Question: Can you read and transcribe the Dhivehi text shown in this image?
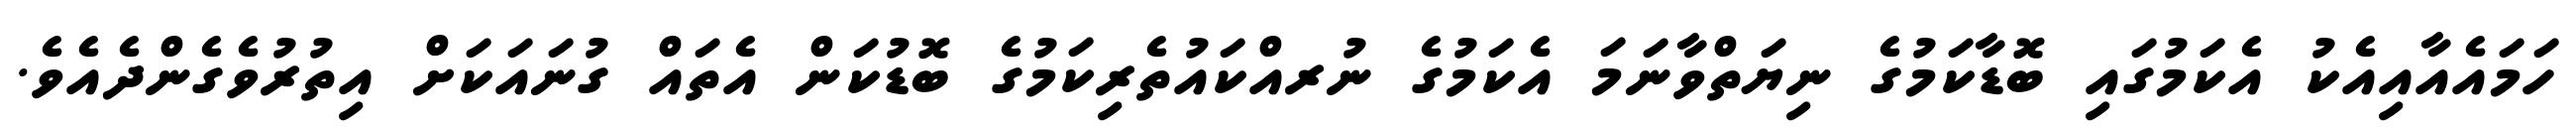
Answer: ހަމައެއާއިއެކު އެކަމުގައި ބޮޑާކަމުގެ ނިޔަތްވާނަމަ އެކަމުގެ ނުރއްކައުތެރިކަމުގެ ބޮޑުކަން އެތައް ގުނައަކަށް އިތުރުވެގެންދެއެވެ.